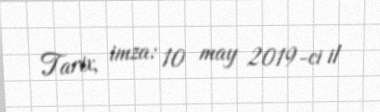
Tarix, imza: 10 may 2019-ci il